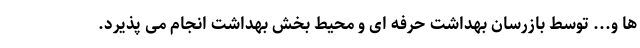
ها و... توسط بازرسان بهداشت حرفه ای و محیط بخش بهداشت انجام می پذیرد.